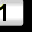
Digit: 1